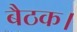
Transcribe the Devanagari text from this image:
बैठक।